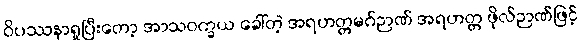
ဝိပဿနာရှုပြီးတော့ အာသဝက္ခယ ခေါ်တဲ့ အရဟတ္တမဂ်ဉာဏ် အရဟတ္တ ဖိုလ်ဉာဏ်ဖြင့်